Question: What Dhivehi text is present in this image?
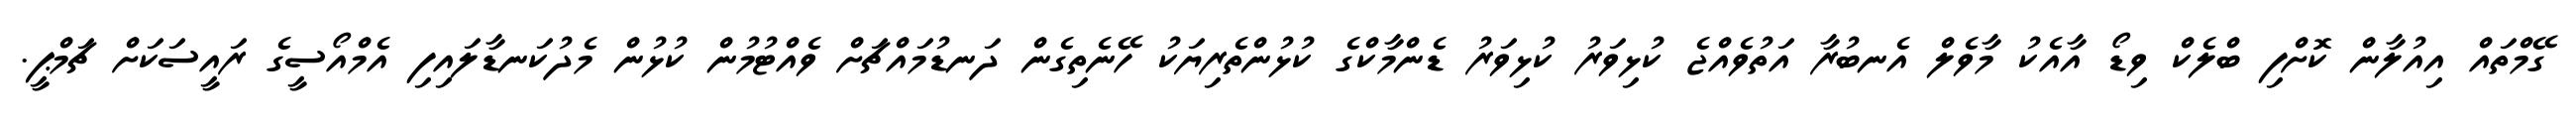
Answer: ގޭމްތައް އިއުލާން ކޮށްފި ބްލެކް ވިޑޯ އާއެކު މާވެލް އެނބުރާ އަތުވެއްޖެ ކުޅިވަރު ކުޅިވަރު ޑެންމާކްގެ ކުޅުންތެރިޔަކު ހޭނެތިގެން ދަނޑުމައްޗަށް ވެއްޓުމުން ކުޅުން މެދުކަނޑާލައިފި އެމްއޯސީގެ ރައީސަކަށް ޗަމްޕީ.